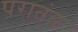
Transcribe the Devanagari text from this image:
परातंत्र